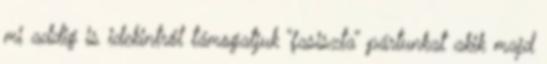
mi addig is idekintről támogatjuk “fasiszta” pártunkat akik majd